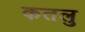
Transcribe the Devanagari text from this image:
कतलु